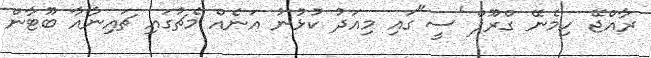
ރާއްޖޭ ހިމެނޭ ގްރޫޕް 'ސީ"ގައި މިއަދު ކުޅުނު އަނެއް މެޗުގައި ޗައިނާއާ ބޫޓާން